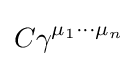
C\gamma ^{\mu _{1}\cdots \mu _{n}}